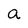
Character: a